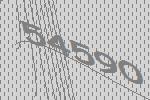
54590